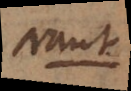
Naut.